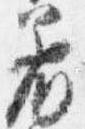
着